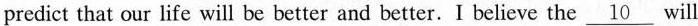
predict that our life will be better and better.I believe the \underline{10} will